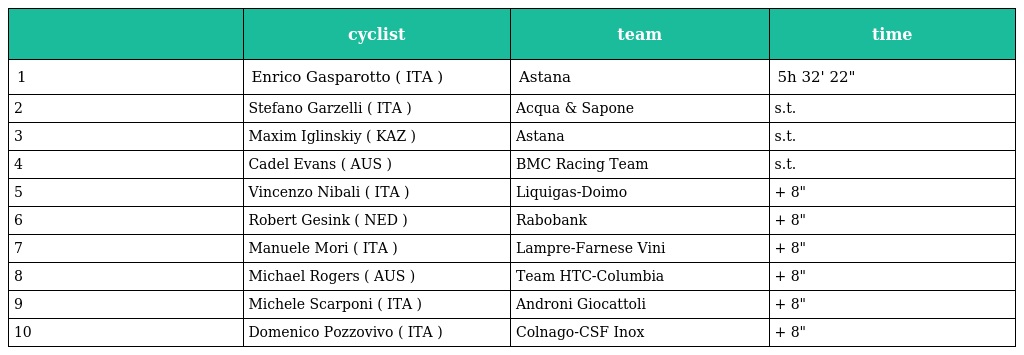
|  | cyclist | team | time |
 | --- | --- | --- | --- |
 | 1 | Enrico Gasparotto ( ITA ) | Astana | 5h 32' 22" |
 | 2 | Stefano Garzelli ( ITA ) | Acqua & Sapone | s.t. |
 | 3 | Maxim Iglinskiy ( KAZ ) | Astana | s.t. |
 | 4 | Cadel Evans ( AUS ) | BMC Racing Team | s.t. |
 | 5 | Vincenzo Nibali ( ITA ) | Liquigas-Doimo | + 8" |
 | 6 | Robert Gesink ( NED ) | Rabobank | + 8" |
 | 7 | Manuele Mori ( ITA ) | Lampre-Farnese Vini | + 8" |
 | 8 | Michael Rogers ( AUS ) | Team HTC-Columbia | + 8" |
 | 9 | Michele Scarponi ( ITA ) | Androni Giocattoli | + 8" |
 | 10 | Domenico Pozzovivo ( ITA ) | Colnago-CSF Inox | + 8" |